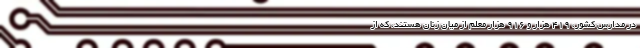
در مدارس کشور، ۴۱۹ هزار و ۹۱۶ هزار معلم از میان زنان هستند، که از